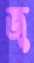
জু